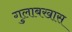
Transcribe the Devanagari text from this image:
गुलाबखास